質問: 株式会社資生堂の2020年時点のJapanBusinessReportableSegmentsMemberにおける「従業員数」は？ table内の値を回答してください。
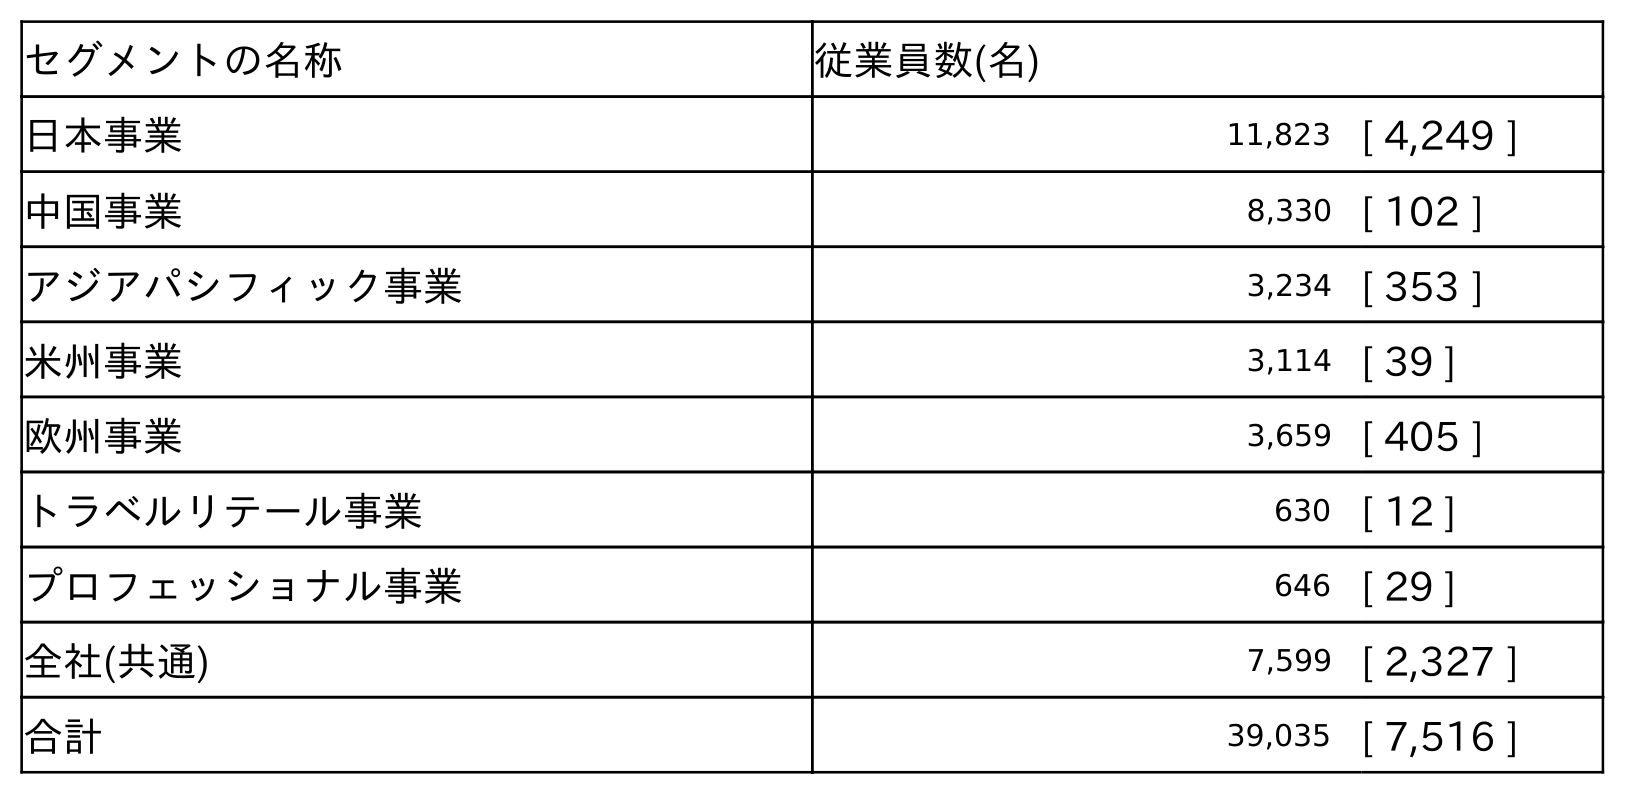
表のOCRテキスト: セグメントの名称 従業員数(名) 日本事業 11,823 [ 4,249 ] 中国事業 8,330 [ 102 ] アジアパシフィック事業 3,234 [ 353 ] 米州事業 3,114 [ 39 ] 欧州事業 3,659 [ 405 ] トラベルリテール事業 630 [ 12 ] プロフェッショナル事業 646 [ 29 ] 全社(共通) 7,599 [ 2,327 ] 合計 39,035 [ 7,516 ]
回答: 11,823